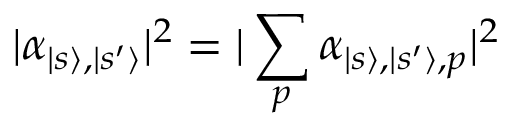
| \alpha _ { | s \rangle , | s ^ { \prime } \rangle } | ^ { 2 } = | \sum _ { p } \alpha _ { | s \rangle , | s ^ { \prime } \rangle , p } | ^ { 2 }